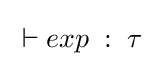
\;\vdash exp\;:\;\tau